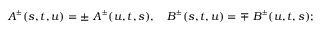
A ^ { ^ { \pm } } ( s , t , u ) = \pm \ A ^ { ^ \pm } ( u , t , s ) , \quad B ^ { ^ \pm } ( s , t , u ) = \mp \ B ^ { ^ \pm } ( u , t , s ) ;